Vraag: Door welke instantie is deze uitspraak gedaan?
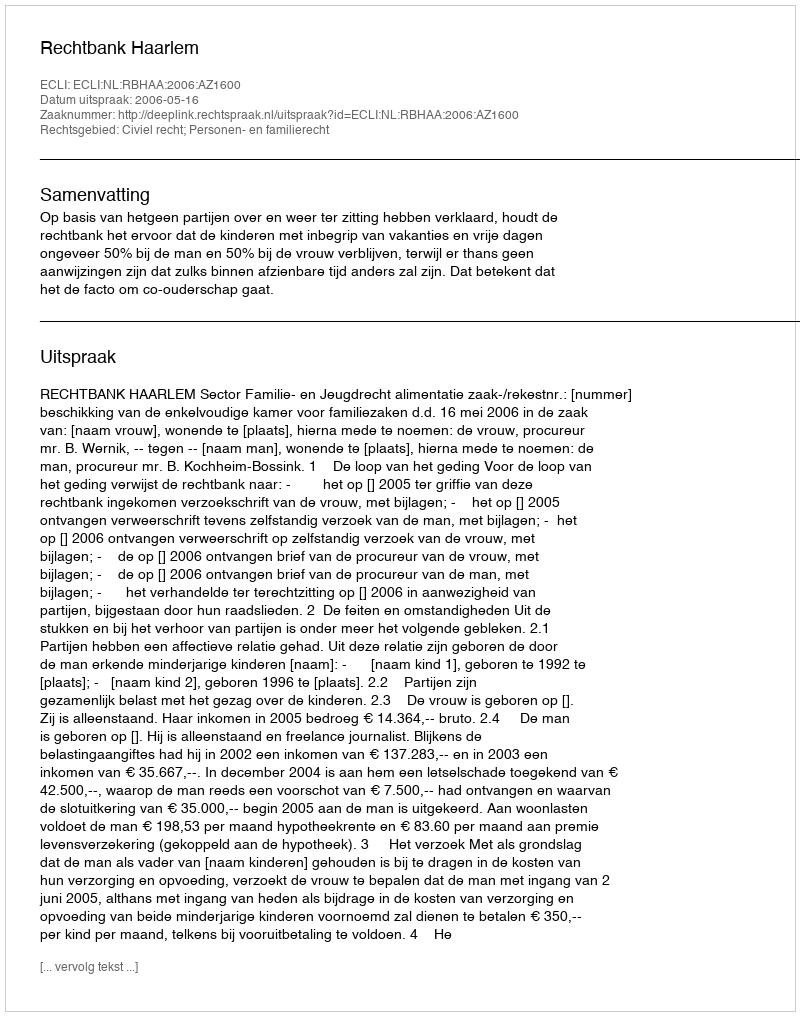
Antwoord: Rechtbank Haarlem